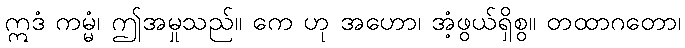
ဣဒံ ကမ္မံ၊ ဤအမှုသည်။ ကေ ဟု အဟော၊ အံ့ဖွယ်ရှိစွ။ တထာဂတော၊